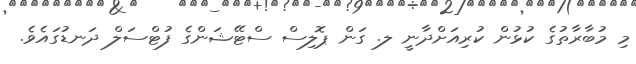
މި މުބާރާތުގެ ކުޅުން ކުރިއަށްދާނީ ލ. ގަން ޕޮލިސް ސްޓޭޝަންގެ ފުޓްސަލް ދަނޑުގައެވެ.